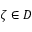
\zeta \in D